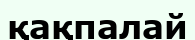
қақпалай